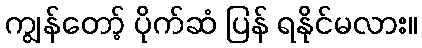
ကျွန်တော့် ပိုက်ဆံ ပြန် ရနိုင်မလား။